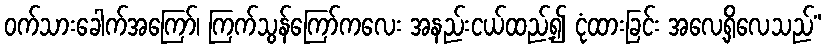
ဝက်သားခေါက်အကြော်၊ ကြက်သွန်ကြော်ကလေး အနည်းငယ်ထည့်၍ ငုံထားခြင်း အလေ့ရှိလေသည်”